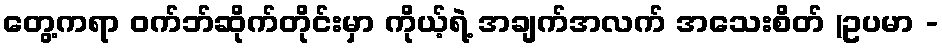
တွေ့ကရာ ဝက်ဘ်ဆိုက်တိုင်းမှာ ကိုယ့်ရဲ့ အချက်အလက် အသေးစိတ် (ဥပမာ -